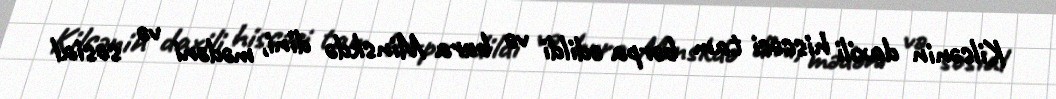
Kilsənin daxili hissəsi tam bərpa edildi və bura Minskdə dini, mədəni və sosial